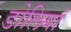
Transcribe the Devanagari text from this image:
डोलियां